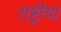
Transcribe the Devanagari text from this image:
राष्ट्रीया